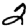
Digit: 2